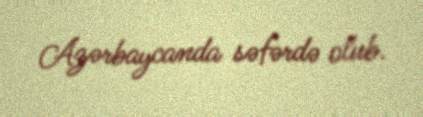
Azərbaycanda səfərdə olub.